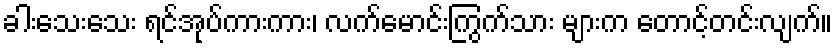
ခါးသေးသေး ရင်အုပ်ကားကား၊ လက်မောင်းကြွက်သား များက တောင့်တင်းလျက်။